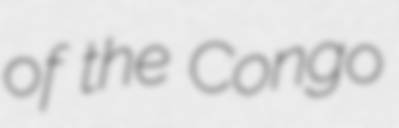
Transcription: of the Congo